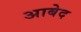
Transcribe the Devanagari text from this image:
अाबेद